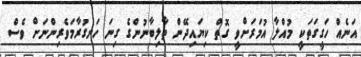
އަނެއް ހަގީގަތަކީ މުއްލާ އުމަރަށްވީ ގޮތް ކިޔައިދޭން ތާލިބާނުންގެ ގިނަ ހަނގުރާމަވެރިންނަށް ވެސް